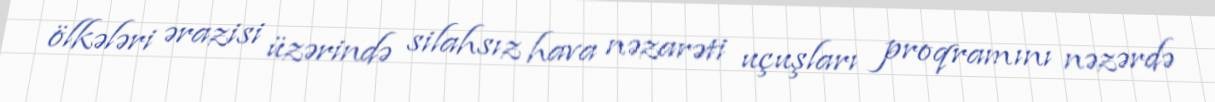
ölkələri ərazisi üzərində silahsız hava nəzarəti uçuşları proqramını nəzərdə